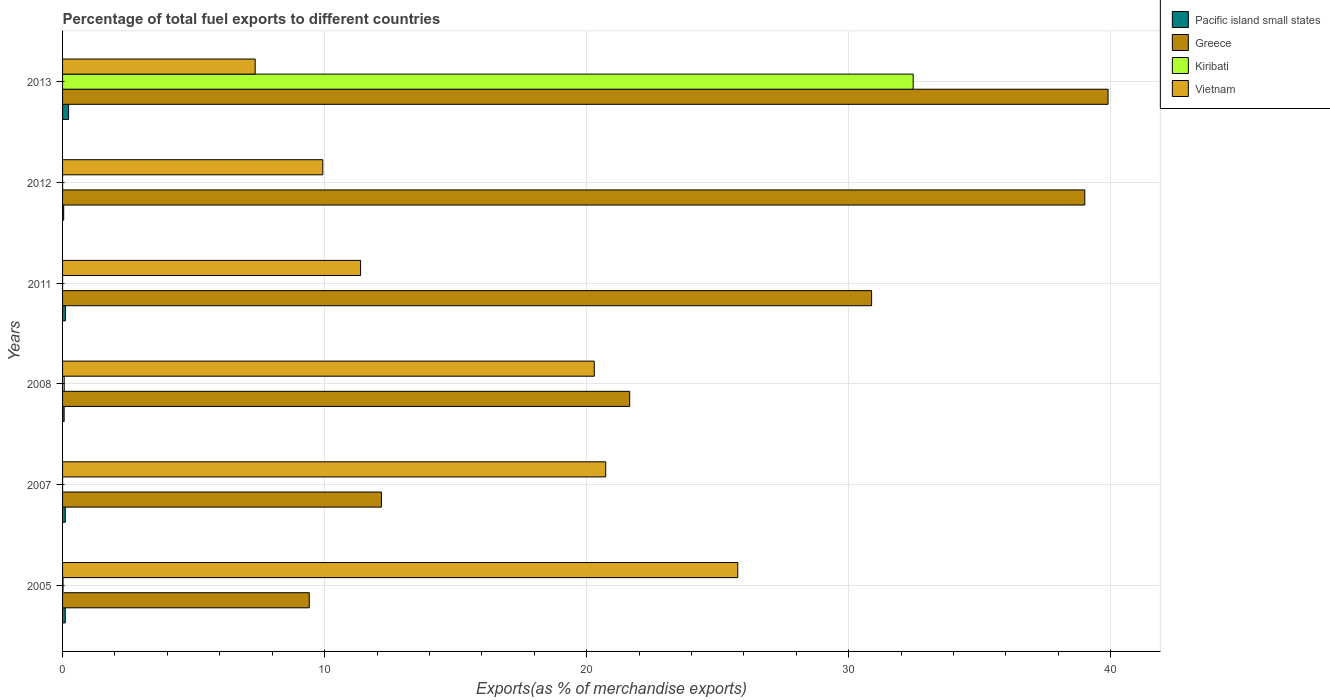
| Years | Pacific island small states | Greece | Kiribati | Vietnam |
 | --- | --- | --- | --- | --- |
 | 2005 | 0.102 | 9.41 | 0.0171 | 25.8 |
 | 2007 | 0.104 | 12.2 | 0.000246 | 20.7 |
 | 2008 | 0.0603 | 21.6 | 0.0629 | 20.3 |
 | 2011 | 0.11 | 30.9 | 0.000116 | 11.4 |
 | 2012 | 0.0427 | 39 | 0.000172 | 9.93 |
 | 2013 | 0.23 | 39.9 | 32.5 | 7.35 |